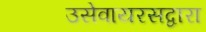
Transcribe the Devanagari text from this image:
उसेवायरसद्वारा